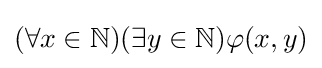
(\forall x\in \mathbb {N} )(\exists y\in \mathbb {N} )\varphi (x,y)